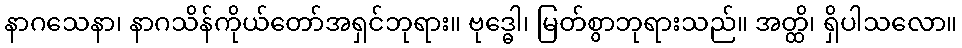
နာဂသေနာ၊ နာဂသိန်ကိုယ်တော်အရှင်ဘုရား။ ဗုဒ္ဓေါ၊ မြတ်စွာဘုရားသည်။ အတ္ထိ၊ ရှိပါသလော။